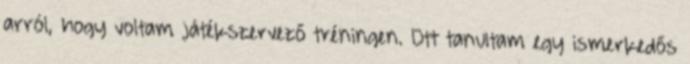
arról, hogy voltam játékszervező tréningen. Ott tanultam egy ismerkedős